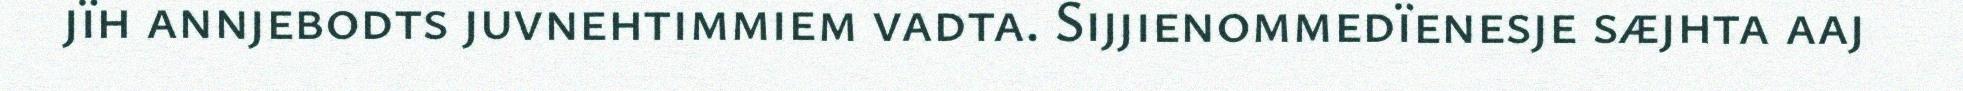
jïh annjebodts juvnehtimmiem vadta. Sijjienommedïenesje sæjhta aaj